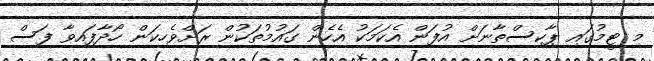
މި ޓީމުގައި ޕާކިސްތާނަށް އުފަން އެކަމަކު އެހެން ގައުމުތަކުން ރަށްވެހިކަން ހޯދާފައިވާ ފަސް